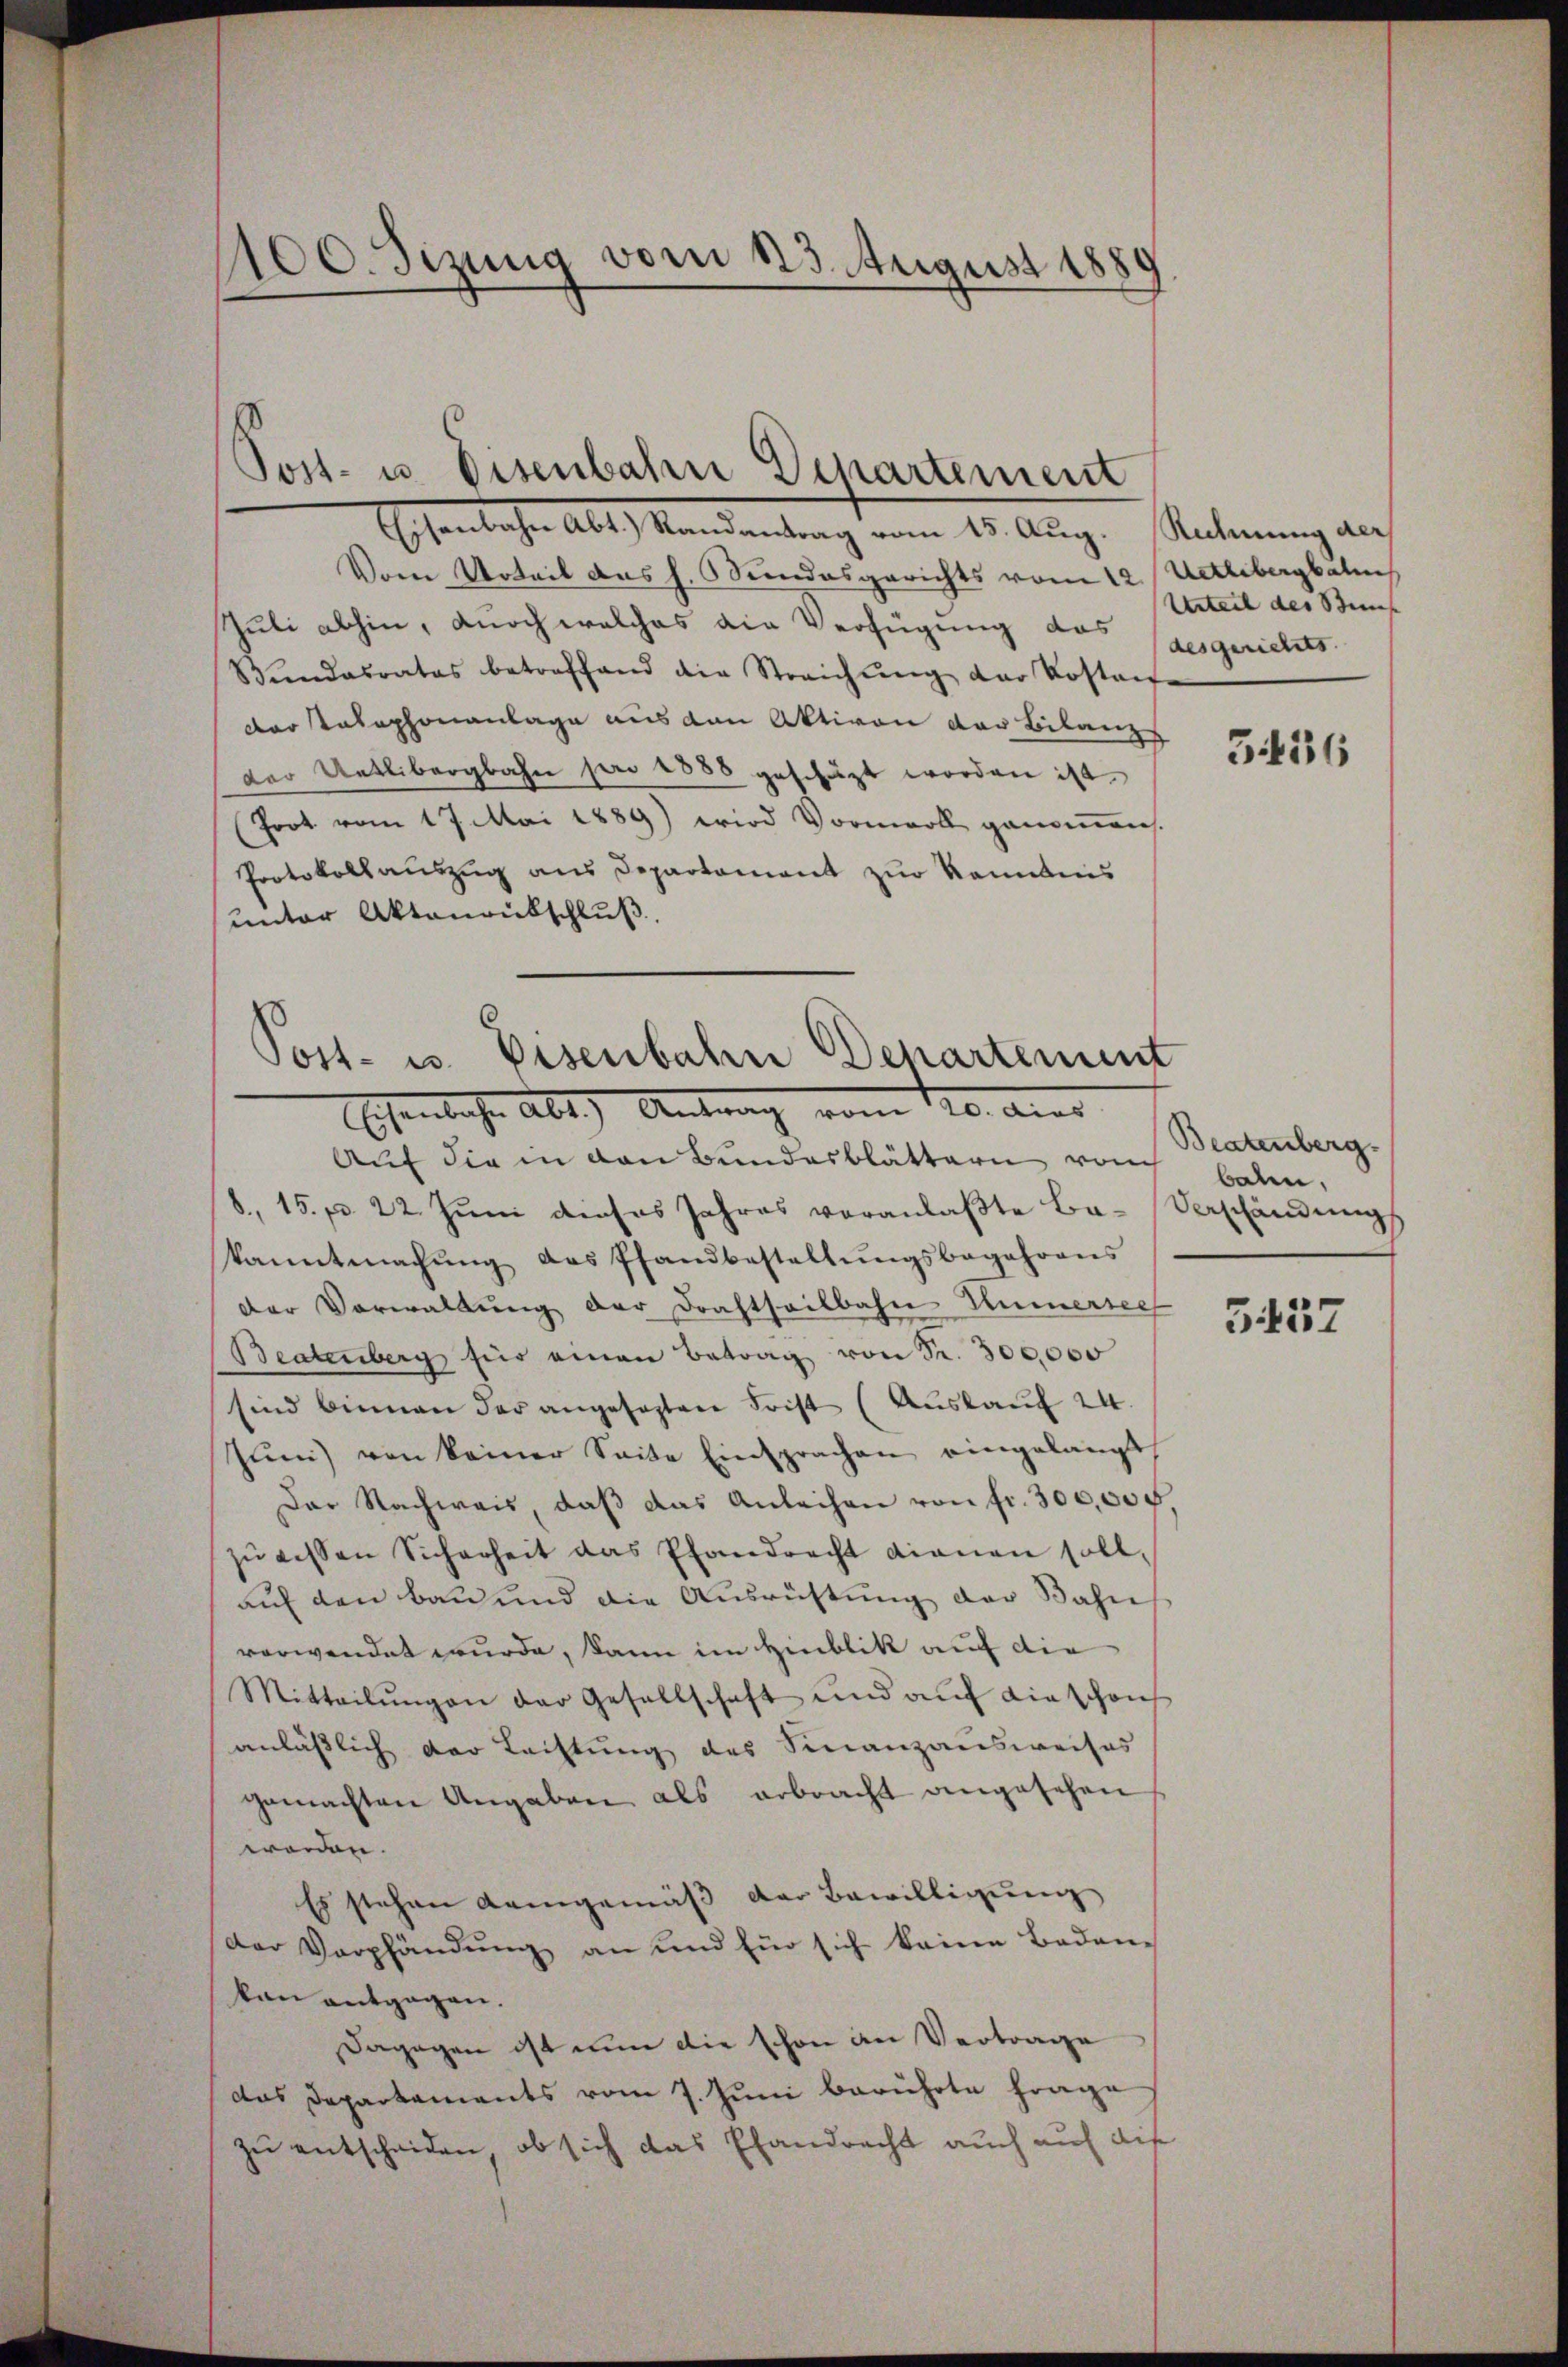
100. Sizung vom 123. August 1881

Post- u Eisenbahn Departement

Eisenbahn Abt.) Randantrag vom 15. Aug. Rechnung der
Vom Urteil des h. Bundesgerichts vom 12. Uetlibergal
Juli abhin, doch welches die Verfügung des Caesgerichts-
Wundesrates betreffend die Streichŭng der Kosten
dar telephonanlage aus den Aktiven der Bilanzs
der Uetlibergbahn par 1888 geschüzt worden ist.
(Joot vom 17. Mai 1889) wird Vormerk genoṁen.
Protokollauszug aus Departement zur kanntnis
unter Aktenrütschluß.
.

Post- u. Eisenbahn Departement
Essentliche Abt. Antrag vom 120. Auer

Auf die in den Bundesblättern von
8., 15. pr. 22. Jŭni dieses Jahres veranlaβte Ba-Verschändŭng
kanntmachŭng des Pfandbestallŭngsbegehrens
Der Verwaltung der Drahtheilbahn Kummersee
Beatenberg für einen Betrag von Fr. 300,000
sind binnen der angesezten Frist (Auslauf 24.
Jŭn) von keiner Seite Einsprachen eingelangt
Das Nachweis, daβ das Anleihen von fr. 300,00 f.
zŭ dessen Sicherheit das Pfandrecht dienen soll,
auf den Bau und die Ausrichtung der Bahns
verwendet wurde, kann im Hinblik auf die
Mitteilŭngen der Gesellschaft und aŭf die schon
anläßlich der Lachtung des Finanzausweises
gemachten Angaben als erbracht angesehen
worden.
Es stehen demgemäß der Bewilligung
Der Verpfändung an und für sich keine Baden-
kan entgegen.
Dagegen ist nun die schon an Vertrage
das Departaments vom 7. Juni berührte Frage
zu entscheiden, ob sich das Elandrecht auch auf die

Urteil des Bes

5436

Beatenberg.
balen,

5457